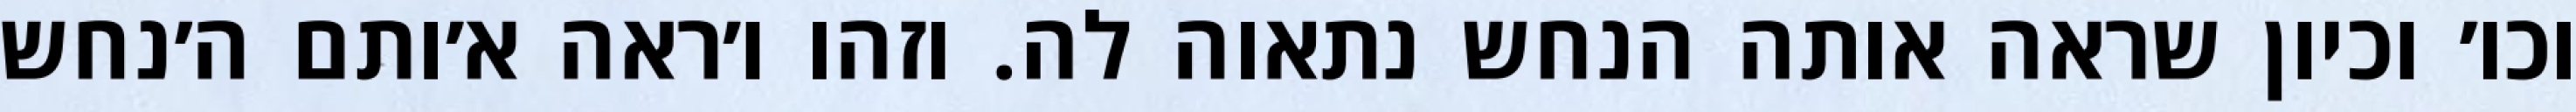
וכו׳ וכיון שראה אותה הנחש נתאוה לה. וזהו ו׳ראה א׳ותם ה׳נחש